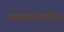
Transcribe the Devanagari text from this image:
मणक्‍यांमधील